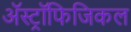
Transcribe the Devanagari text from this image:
अॅस्ट्रॉफिजिकल